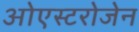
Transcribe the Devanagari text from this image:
ओएस्टरोजेन